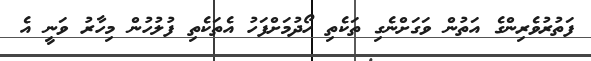
ފަތުރުވެރިންގެ އަތުން ވަގަށްނެގި ތަކެތި ހޯދުމަށްފަހު އެތަކެތި ފުލުހުން މިހާރު ވަނީ އެ